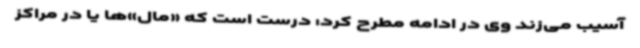
آسیب می‌زند وی در ادامه مطرح کرد: درست است که «مال‌»ها یا در مراکز